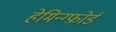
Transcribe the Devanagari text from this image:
हेमिन्ग्फ़ोर्ड